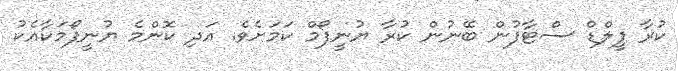
ކުރާ ފީލްޑް ސްޓާފުން ބޭނުން ކުރާ ޔުނީފޯމް ކަމަށެވެ. އަދި ކޮންމެ ޔުނީފޯމަކާއެކު